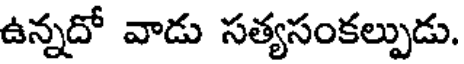
ఉన్నదో వాడు సత్యసంకల్పుడు.